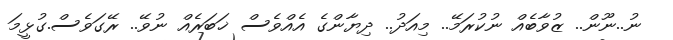
ނު..ނޫން.. ޒުވާބެއް ނުކުރަމޭ.. މިއަދު.. ދިޔާންގެ އެއްވެސް ޚަބަރެއް ނުވޭ.. ރޭގަވެސް.ގުޅީމަ